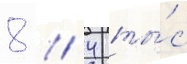
8 / 4 ты́с